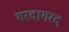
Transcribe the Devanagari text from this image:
गरदागरद